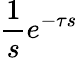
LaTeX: {\frac{1}{s}}e^{-\tau s}